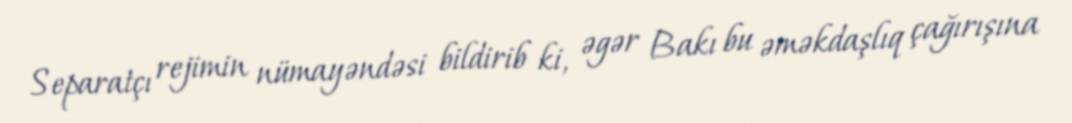
Separatçı rejimin nümayəndəsi bildirib ki, əgər Bakı bu əməkdaşlıq çağırışına